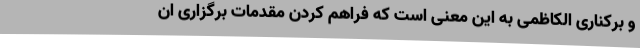
و برکناری الکاظمی به این معنی است که فراهم کردن مقدمات برگزاری ان